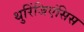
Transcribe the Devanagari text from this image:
थुरिंजिएंसिस